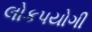
લોકપયોગી